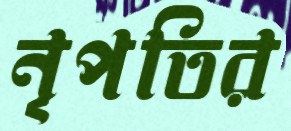
নৃপতির